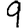
Digit: 9